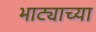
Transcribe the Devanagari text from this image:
भाट्याच्या